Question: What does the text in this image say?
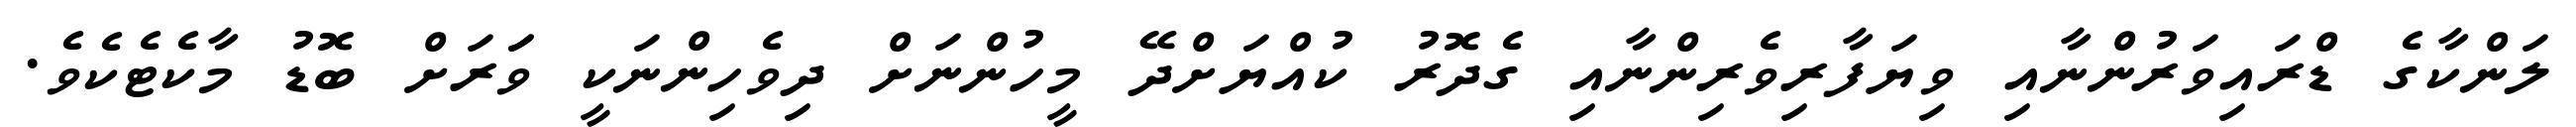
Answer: ލަންކާގެ ޑްރައިވަރުންނާއި ވިޔަފާރިވެރިންނާއި ގެދޮރު ކުއްޔަށްދޭ މީހުންނަށް ދިވެހިންނަކީ ވަަރަށް ބޮޑު މާކެޓެކެވެ.